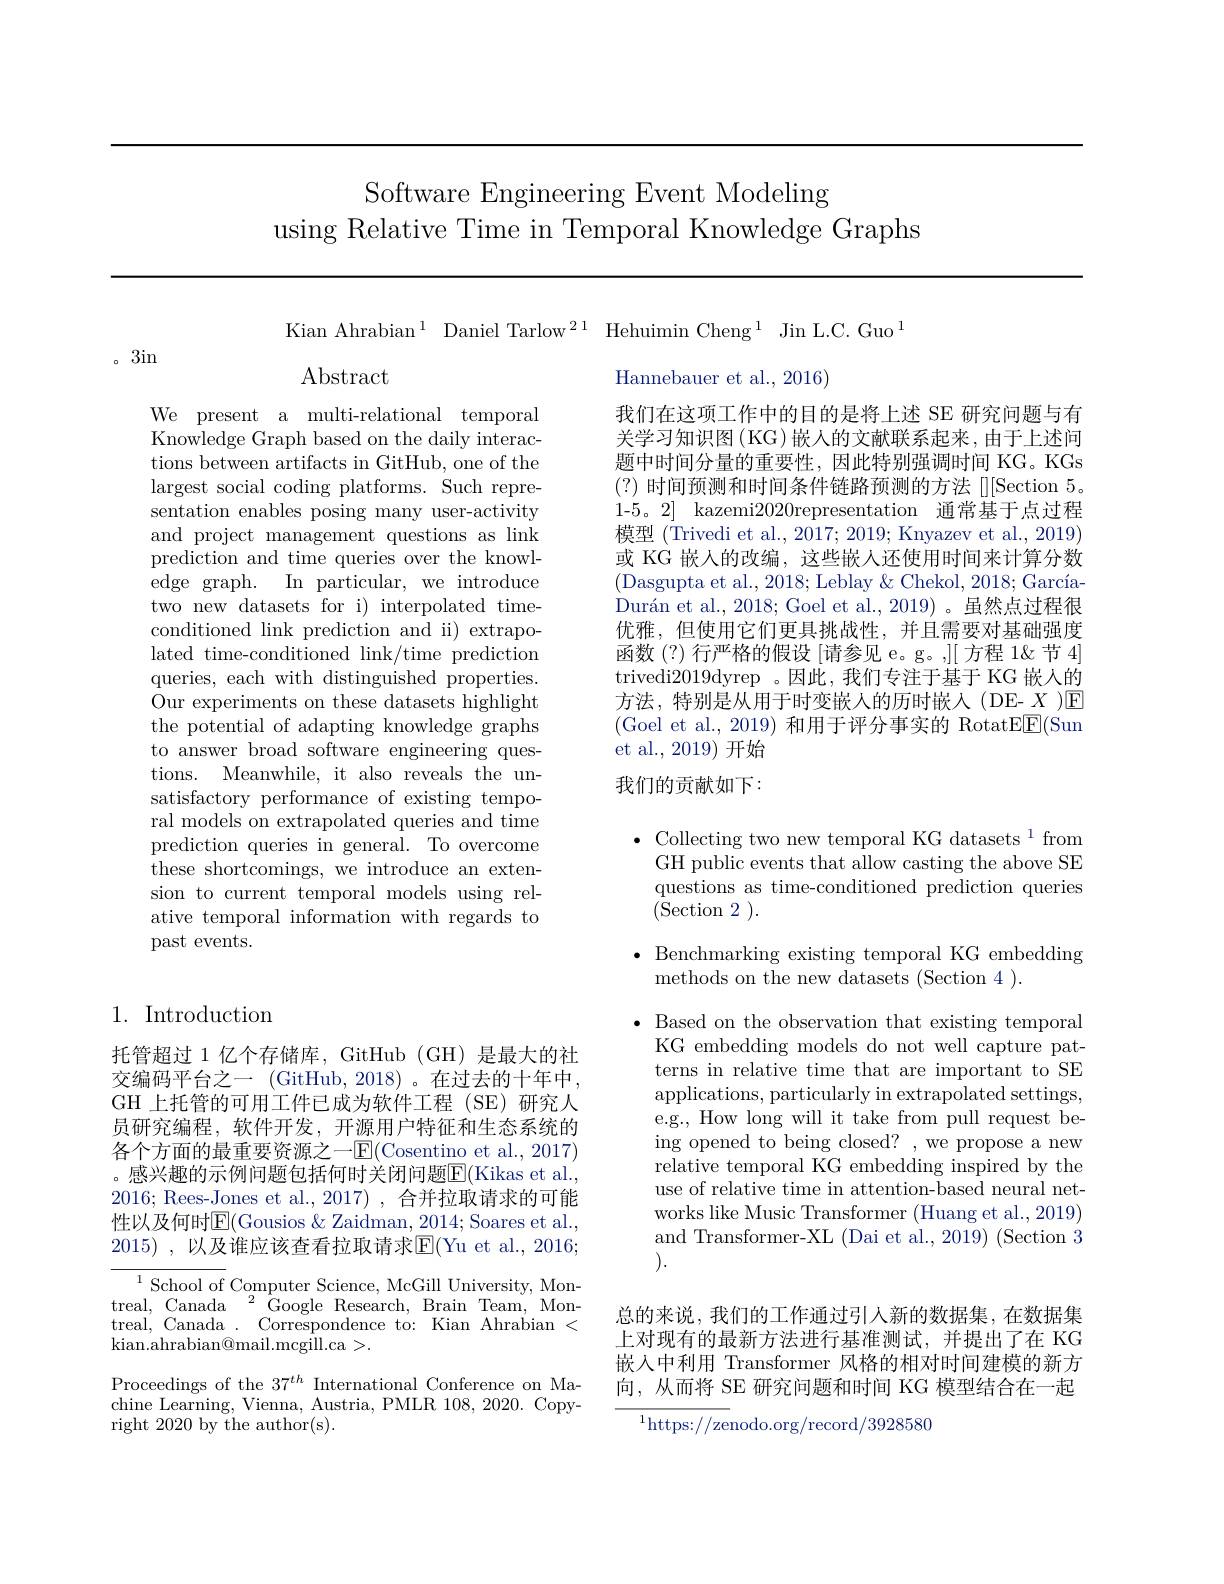
# Software Engineering Event Modeling using Relative Time in Temporal Knowledge Graphs

Kian Ahrabian$^{1}$ Daniel Tarlow$^{21}$ Hehuimin Cheng$^{1}$ Jin L.C. Guo$^{1}$
Abstract
Hannebauer et al., 2016)

。3in

我们在这项工作中的目的是将上述 SE 研究问题与有关学习知识图(KG)嵌入的文献联系起来，由于上述问题中时间分量的重要性，因此特别强调时间 KG。KGs (?)时间预测和时间条件链路预测的方法[][Section 5。1-5。2] kazemi2020representation 通常基于点过程模型 (Trivedi et al., 2017; 2019; Knyazev et al., 2019) 或 KG 嵌人的改编，这些嵌入还使用时间来计算分数(Dasgupta et al., 2018; Leblay & Chekol, 2018; GarcíaDurán et al., 2018; Goel et al., 2019) 。虽然点过程很优雅，但使用它们更具挑战性，并且需要对基础强度函数(?)行严格的假设[请参见 e。g。,][ 方程 1&节 4] trivedi2019dyrep 。因此，我们专注于基于 KG 嵌人的方法，特别是从用于时变嵌人的历时嵌入(DE-$\underline X$)☑ (Goel et al., 2019)和用于评分事实的 RotatE$\underline{\mathrm{E}}($Sun et al., 2019) 开始我们的贡献如下：

We present a multi-relational temporal Knowledge Graph based on the daily interactions between artifacts in GitHub, one of the largest social coding platforms. Such representation enables posing many user-activity and project management questions as link prediction and time queries over the knowledge graph. In particular, we introduce two new datasets for i) interpolated timeconditioned link prediction and ii) extrapolated time-conditioned link/time prediction queries, each with distinguished properties. Our experiments on these datasets highlight the potential of adapting knowledge graphs to answer broad software engineering questions. Meanwhile, it also reveals the unsatisfactory performance of existing temporal models on extrapolated queries and time prediction queries in general. To overcome these shortcomings, we introduce an extension to current temporal models using relative temporal information with regards to past events.

$\bullet$ Collecting two new temporal KG datasets$^1$from GH public events that allow casting the above SE questions as time-conditioned prediction queries (Section 2).

$\bullet$ Benchmarking existing temporal KG embedding
methods on the new datasets (Section 4 ).

## 1. Introduction

$\bullet$ Based on the observation that existing temporal
KG embedding models do not well capture patterns in relative time that are important to SE applications, particularly in extrapolated settings, e.g., How long will it take from pull request being opened to being closed? , we propose a new relative temporal KG embedding inspired by the use of relative time in attention-based neural networks like Music Transformer (Huang et al., 2019) and Transformer-XL (Dai et al., 2019) (Section 3 ).

托管超过 1 亿个存储库，GitHub (GH) 是最大的社交编码平台之一 (GitHub,2018)。在过去的十年中GH 上托管的可用工件已成为软件工程 (SE)研究人员研究编程，软件开发，开源用户特征和生态系统的各个方面的最重要资源之一$\mathbb{E}($Cosentino et al., 2017) 。感兴趣的示例问题包括何时关闭问题$\overline{\mathrm{E}}($Kikas et al., 2016; Rees- Jones et al., 2017) , 合并拉取请求的可能性以及何时$\boxed{\mathrm{E}}($Gousios &Zaidman, 2014; Soares et al., 2015) , 以及谁应该查看拉取请求E(Yu et al., 2016;

$^{1}$School of Computer Science, McGill University, Montreal, Canada $^2$Google Research, Brain Team, Montreal, Canada . Correspondence to: Kian Ahrabian < kian. ahrabian@ mail. mcgill. ca > .

总的来说，我们的工作通过引入新的数据集，在数据集上对现有的最新方法进行基准测试，并提出了在 KG 嵌入中利用 Transformer 风格的相对时间建模的新方向，从而将 SE 研究问题和时间 KG 模型结合在一起

Proceedings of the $37^{th}$ International Conference on Machine Learning, Vienna, Austria, PMLR 108, 2020. Copyright 2020 by the author(s).

$^{1}$https://zenodo.org/record/3928580